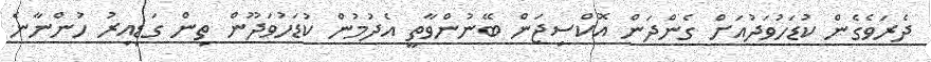
ދެރަވެގެން ކުޑަހުވަދުއަށް ގެންދަން އޮކްސިޖަން ބޭނުންވާތީ އެދުމުން ކުޑަހުވަދޫން ތިން ގަޑިއިރު ހުންނާނެ